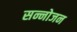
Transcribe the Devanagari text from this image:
सन्नोजन